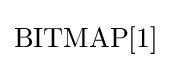
\mathrm {BITMAP} [1]